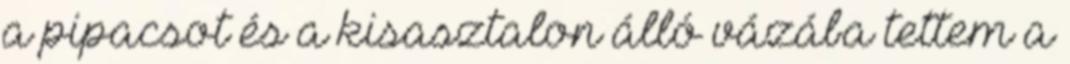
a pipacsot és a kisasztalon álló vázába tettem a